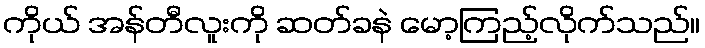
ကိုယ် အန်တီလူးကို ဆတ်ခနဲ မော့ကြည့်လိုက်သည်။